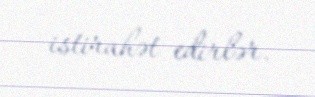
istirahət edirlər.